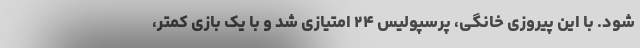
شود. با این پیروزی خانگی، پرسپولیس ۲۴ امتیازی شد و با یک بازی کمتر،